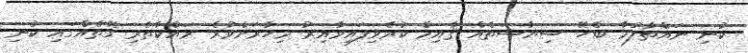
ކުނި ނައްތާލުމާ ބެހޭ ސިޔާސަތެއް ޤާއިމް ކުރެވިފައިވާއިރު މިހާރަށްވުރެ ރައްކާތެރި ގޮތެއްގައި ކުނި